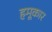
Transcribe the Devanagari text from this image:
हमूकार